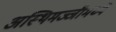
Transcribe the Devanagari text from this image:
अस्थिमज्जीमध्ये